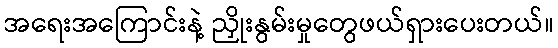
အရေးအကြောင်းနဲ့ ညှိုးနွမ်းမှုတွေဖယ်ရှားပေးတယ်။